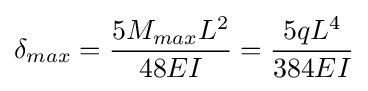
\delta _{max}={\frac {5M_{max}L^{2}}{48EI}}={\frac {5qL^{4}}{384EI}}